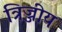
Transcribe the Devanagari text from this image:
त्रिज्जीय